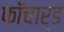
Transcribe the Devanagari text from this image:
फॉचार्ड